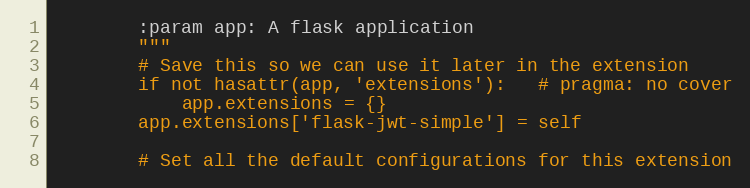
Language: Python
        :param app: A flask application
        """
        # Save this so we can use it later in the extension
        if not hasattr(app, 'extensions'):   # pragma: no cover
            app.extensions = {}
        app.extensions['flask-jwt-simple'] = self

        # Set all the default configurations for this extension